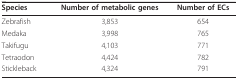
| Species | Number of metabolic genes | Number of ECs |
 | --- | --- | --- |
 | Zebrafish | 3,853 | 654 |
 | Medaka | 3,998 | 765 |
 | Takifugu | 4,103 | 771 |
 | Tetraodon | 4,424 | 782 |
 | Stickleback | 4,324 | 791 |